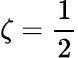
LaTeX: \zeta=\frac{1}{2}